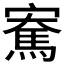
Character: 𪧫